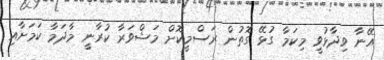
އޭނާ ވިދާޅުވީ މިކަމާ ގުޅޭ ގޮތުން ރަސްމީކޮށް މަޝްވަރާ ކުރާނީ މާދަމާ ކަމަށާއި